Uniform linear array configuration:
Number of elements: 8
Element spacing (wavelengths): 0.75
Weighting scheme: kaiser
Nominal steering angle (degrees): -30
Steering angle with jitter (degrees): -29.814
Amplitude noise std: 0.05
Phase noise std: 0.05

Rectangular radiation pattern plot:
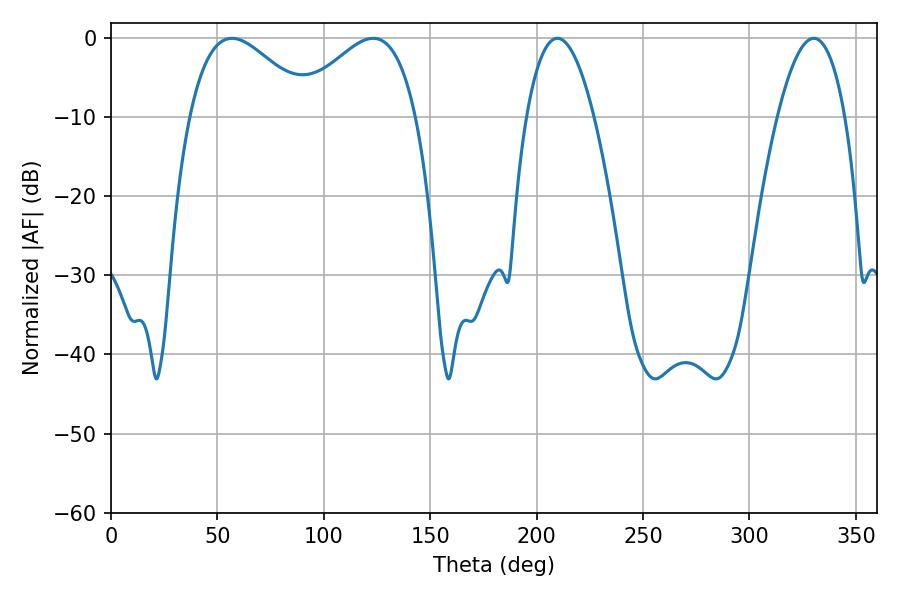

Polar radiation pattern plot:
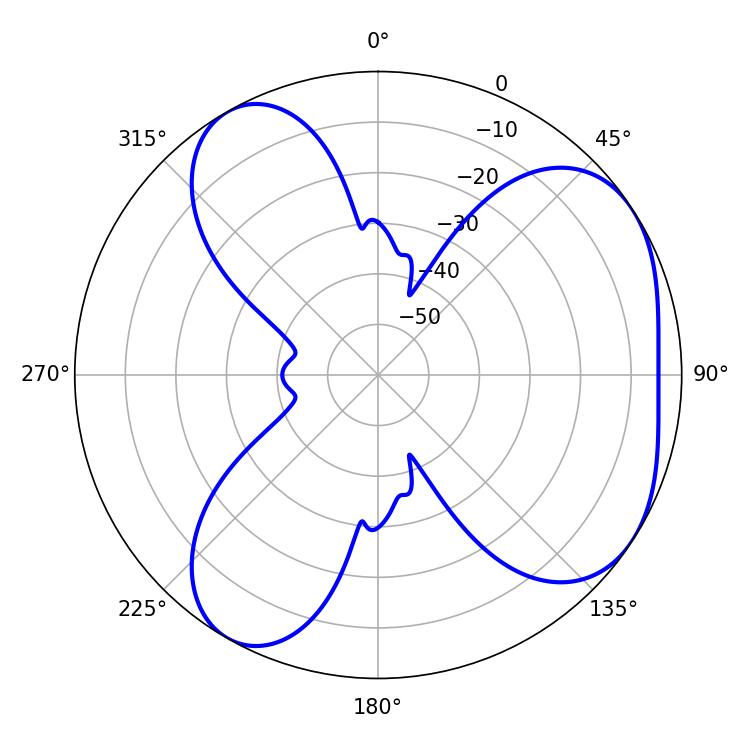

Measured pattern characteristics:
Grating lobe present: TRUE
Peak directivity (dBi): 4.843
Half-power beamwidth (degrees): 30.96
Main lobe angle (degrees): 56.88